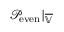
\mathcal { P } _ { \mathrm { e v e n } } | _ { \overline { { \mathbb { V } } } }